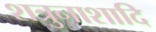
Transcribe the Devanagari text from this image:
शत्रुनाशादि